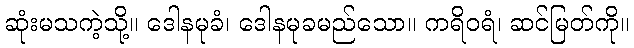
ဆုံးမသကဲ့သို့။ ဒေါနမုခံ၊ ဒေါနမုခမည်သော။ ကရိဝရံ၊ ဆင်မြတ်ကို။